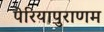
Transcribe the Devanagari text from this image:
पेरियापुराणम